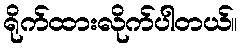
ရိုက်ထားလိုက်ပါတယ်။